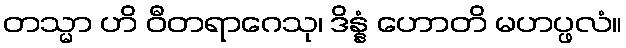
တသ္မာ ဟိ ဝီတရာဂေသု၊ ဒိန္နံ ဟောတိ မဟပ္ဖလံ။